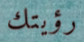
رؤيتك